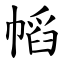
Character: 幍